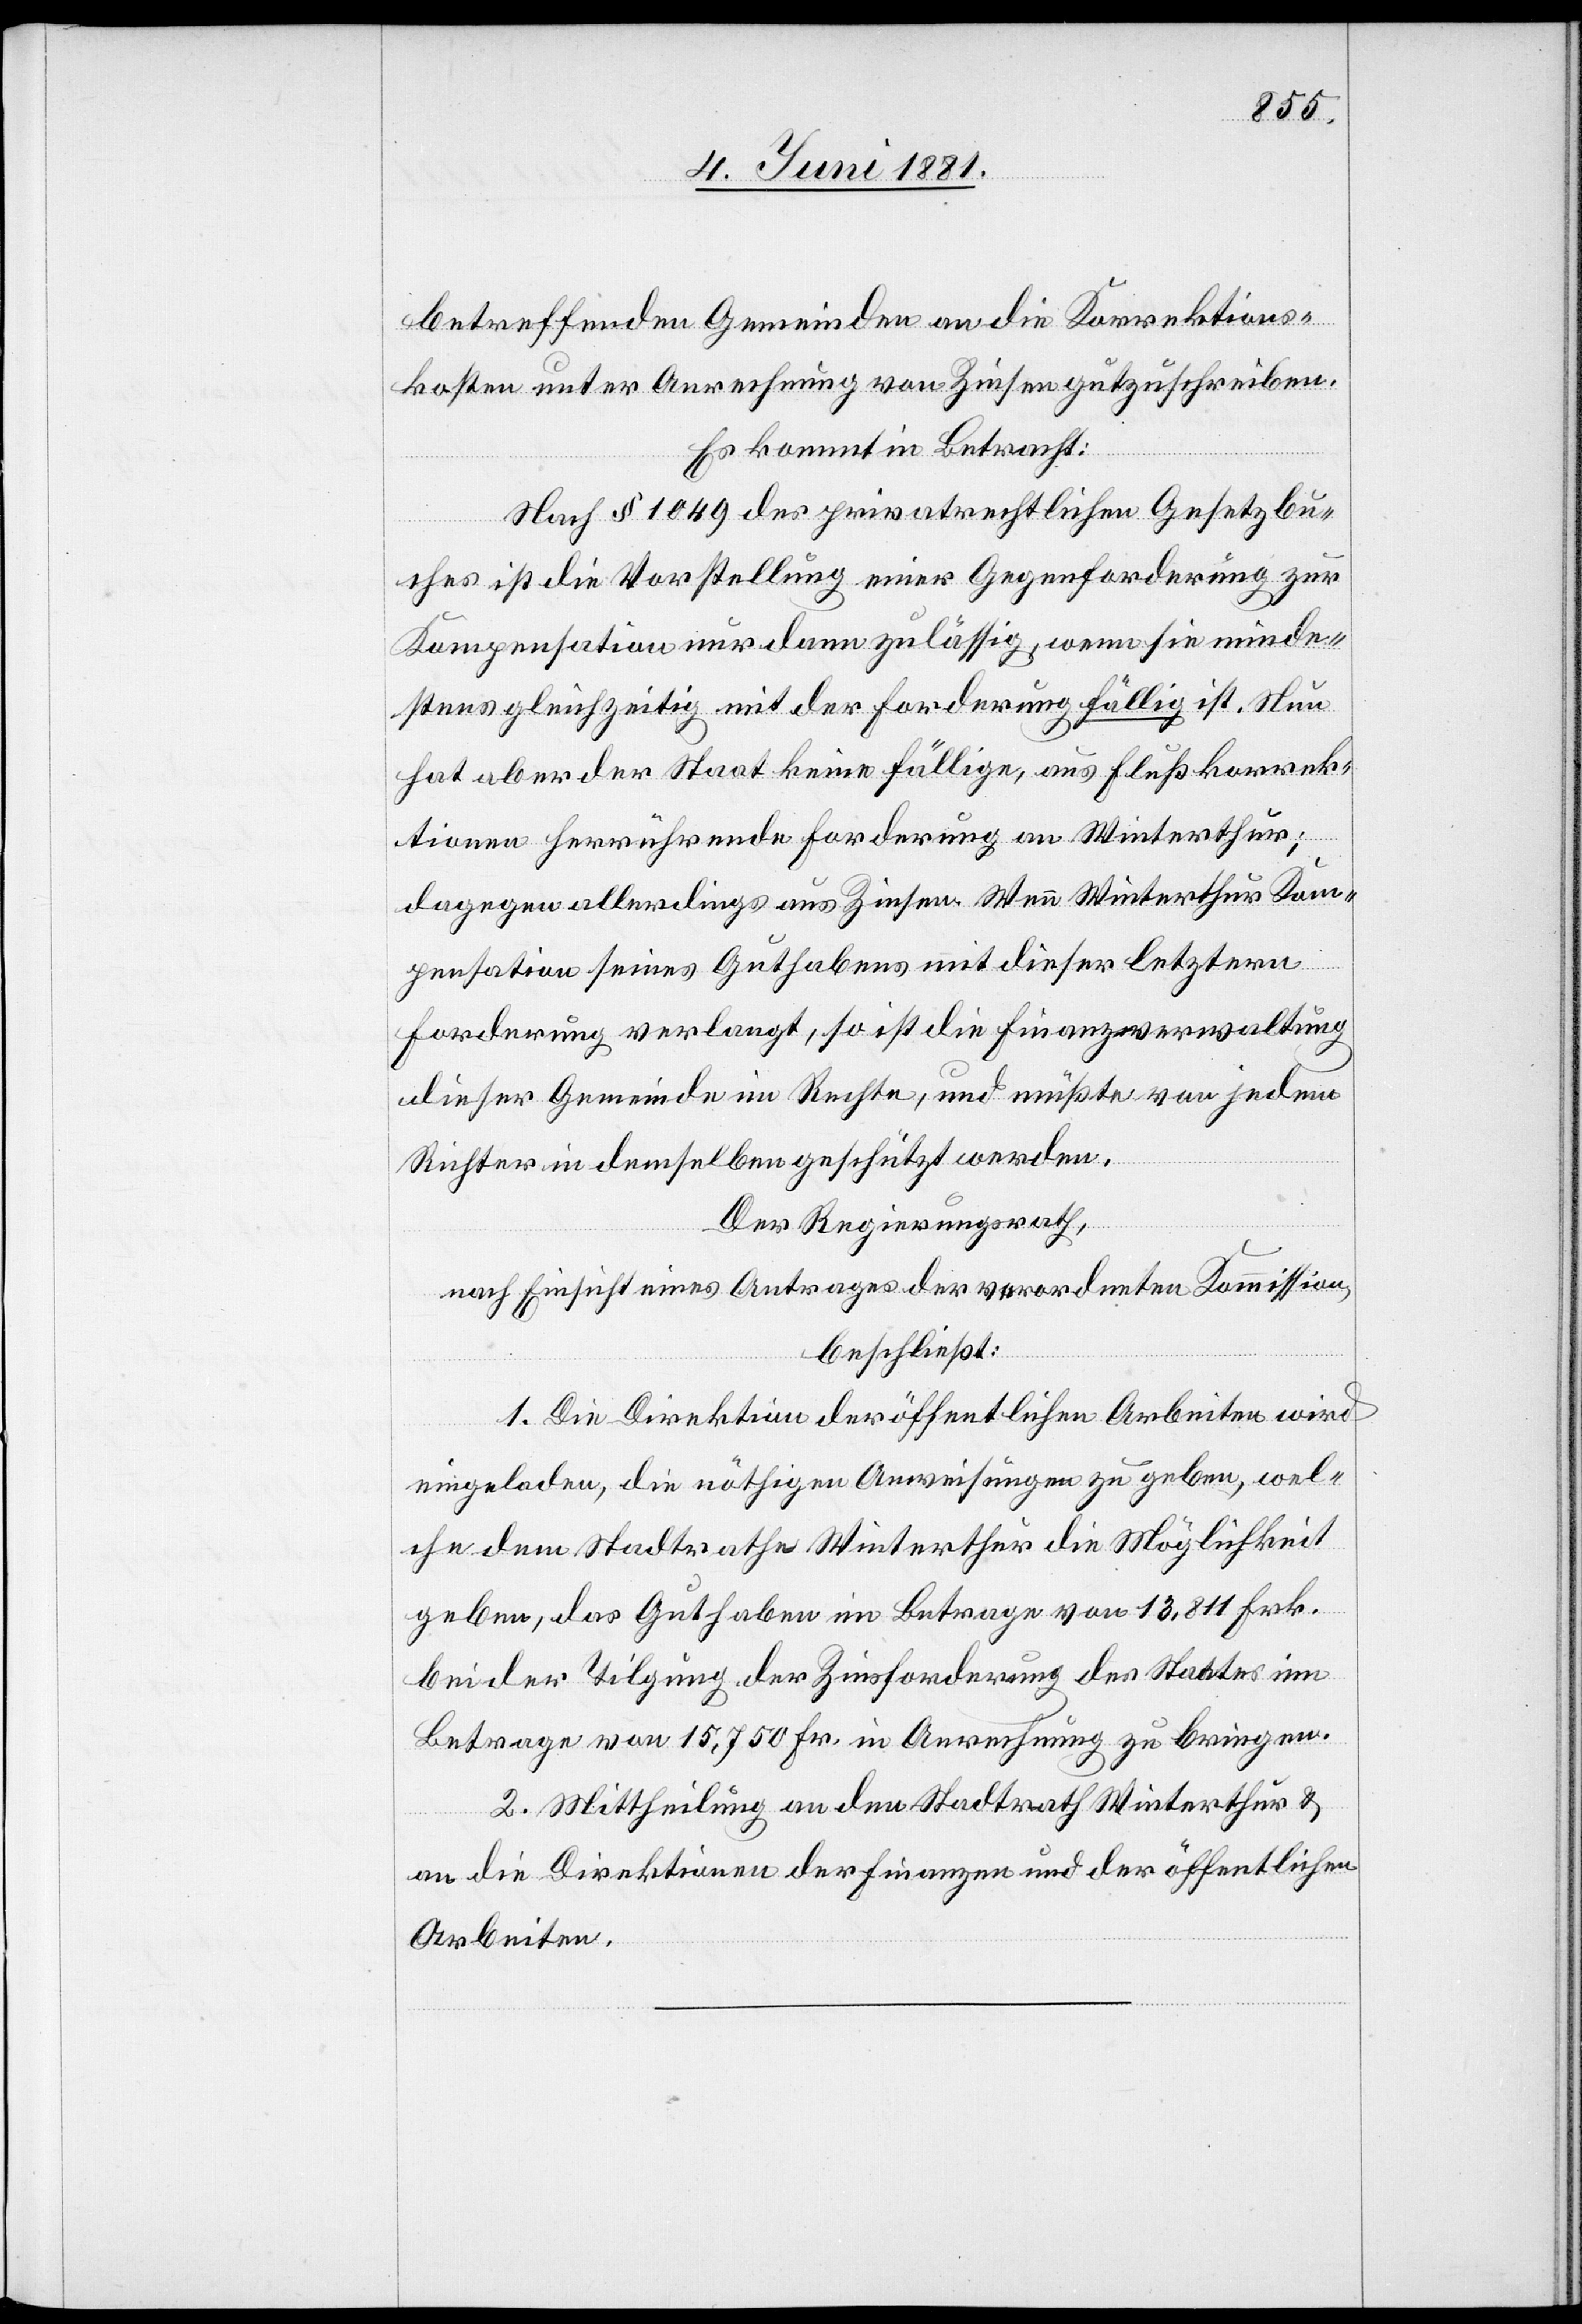
betreffenden Gemeinden an die Korrektions¬
kosten unter Anrechnung von Zinsen gutzuschreiben.
Es kommt in Betracht:
Nach § 1049 des privatrechtlichen Gesetzbu¬
ches ist die Vorstellung einer Gegenforderung zur
Kompensation nur dann zuläßig, wenn sie minde¬
stens gleichzeitig mit der Forderung fällig ist. Nun
hat aber der Staat keine fällige, aus Flußkorrek¬
tionen herrührende Forderung an Winterthur;
dagegen allerdings aus Zinsen. Wenn Winterthur Kom¬
pensation seines Guthabens mit dieser letztern
Forderung verlangt, so ist die Finanzverwaltung
dieser Gemeinde im Rechte, und müßte von jedem
Richter in demselben geschätzt werden.
Der Regierungsrath,
nach Einsicht eines Antrages der verordneten Kommission,
beschließt:
1. Die Direktion der öffentlichen Arbeiten wird
eingeladen, die nöthigen Anweisungen zu geben, wel¬
che dem Stadtrathe Winterthur die Möglichkeit
geben, das Guthaben im Betrage von 13,811 Frk.
bei der Tilgung der Zinsforderung des Staates im
Betrage von 15,750 Fr in Anrechnung zu bringen.
2. Mittheilung an den Stadtrath Winterthur &
an die Direktion der Finanzen und der öffentlichen
Arbeiten.